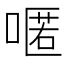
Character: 𠽋